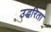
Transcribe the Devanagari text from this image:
उद्धरिता